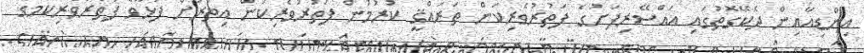
އިންޑިއާއިން ދެކޭގޮތުގައި އައްސޭރިފަށުގެ ފަތުރުވެރިކަން ތަރައްޤީ ކުރުމުން ފަތުރުވެރިކަން އިތުރަށް ފުޅާވެ ފަތުރުވެރިކަމުގެ